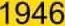
1946